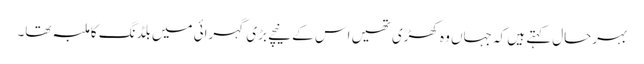
بہرحال کہتے ہیں کہ جہاں وہ کھڑی تھیں اس کے نیچے بڑی گہرائی میں بلڈنگ کا ملبہ تھا۔